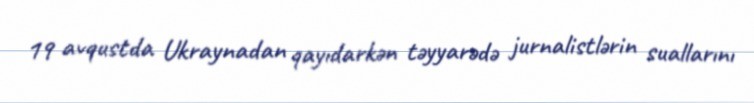
19 avqustda Ukraynadan qayıdarkən təyyarədə jurnalistlərin suallarını